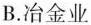
B. 冶金业